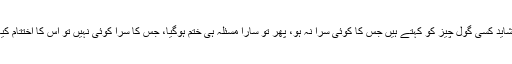
چکّر شاید کسی گول چیز کو کہتے ہیں جس کا کوئی سرا نہ ہو، پھر تو سارا مسئلہ ہی ختم ہوگیا، جس کا سرا کوئی نہیں تو اس کا اختتام کیا ہوگا۔